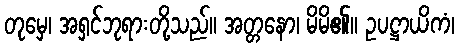
တုမှေ၊ အရှင်ဘုရားတို့သည်။ အတ္တနော၊ မိမိ၏။ ဥပဋ္ဌာယိကံ၊